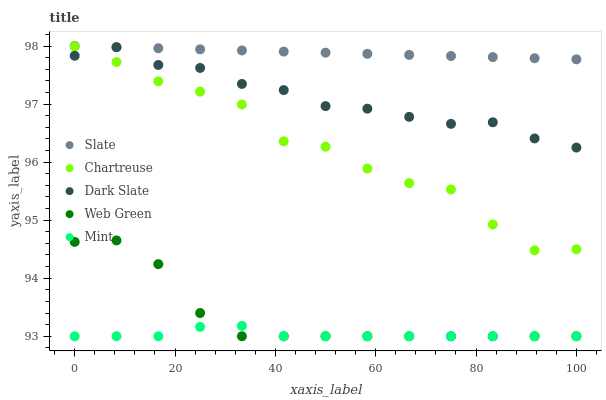
| xaxis_label | Slate | Chartreuse | Dark Slate | Web Green | Mint |
 | --- | --- | --- | --- | --- | --- |
 | 0 | 98 | 98 | 97.8 | 94.6 | 93 |
 | 8.33 | 98 | 97.7 | 98 | 94.7 | 93 |
 | 16.7 | 98 | 97.4 | 97.7 | 94.2 | 93 |
 | 25 | 97.9 | 97.2 | 97.6 | 93.4 | 93.2 |
 | 33.3 | 97.9 | 97 | 97.3 | 93 | 93.2 |
 | 41.7 | 97.9 | 96.4 | 97.2 | 93 | 93 |
 | 50 | 97.9 | 96.3 | 97 | 93 | 93 |
 | 58.3 | 97.9 | 95.9 | 96.9 | 93 | 93 |
 | 66.7 | 97.8 | 95.6 | 96.8 | 93 | 93 |
 | 75 | 97.8 | 95.5 | 96.7 | 93 | 93 |
 | 83.3 | 97.8 | 94.9 | 96.7 | 93 | 93 |
 | 91.7 | 97.8 | 94.5 | 96.4 | 93 | 93 |
 | 100 | 97.8 | 94.5 | 96.3 | 93 | 93 |